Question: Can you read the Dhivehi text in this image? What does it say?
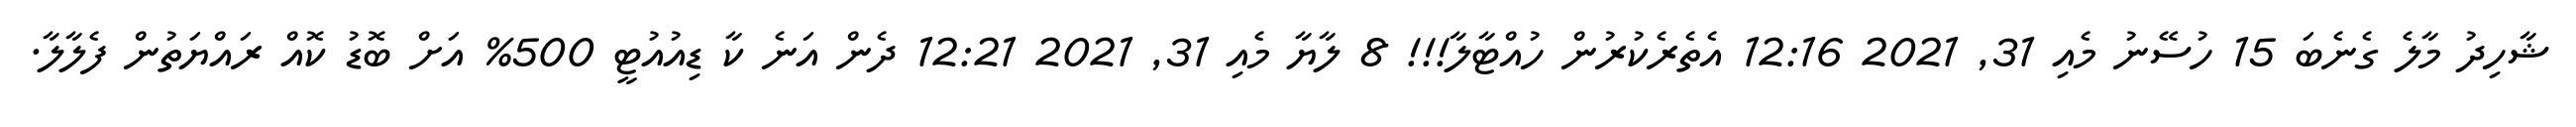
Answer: ޝާހިދު މާލެ ގެނެބަ 15 ހުސޭނު މެއި 31, 2021 12:16 އެތެރެކުރުން ހުއްޓާލާ!!! 8 ލާޔާ މެއި 31, 2021 12:21 ދެން އަނެ ކާ ޑިއުއުޓީ 500% އަށް ބޮޑު ކޮއް ރައްޔަތުން ފެލާލާ.